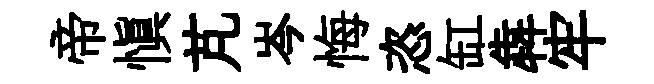
帝慎芃岑悔恣缸犇牢